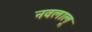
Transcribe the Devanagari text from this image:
नवलालू